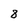
Character: 8